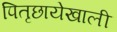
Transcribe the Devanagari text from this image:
पितृछायेखाली